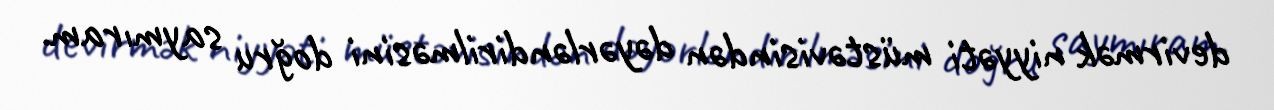
devirmək niyyəti müstəvisindən dəyərləndirilməsini doğru saymıram.